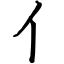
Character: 亻